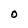
Character: O